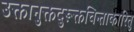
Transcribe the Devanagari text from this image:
उक्तानुक्तदुरूक्तचिन्ताकारितु